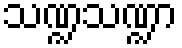
သဏ္ဍသဏ္ဍာ